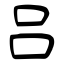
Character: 吕